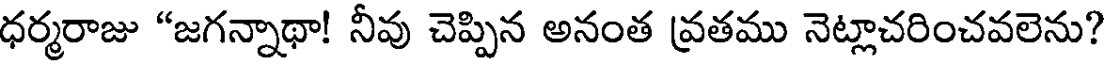
ధర్మరాజు "జగన్నాథా! నీవు చెప్పిన అనంత వ్రతము నెట్లాచరించవలెను?